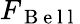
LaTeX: F_{\mathrm{~B~e~l~l~}}